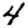
Digit: 4